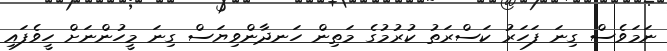
ނަމަވެސް ގިނަ ފަހަރު ކަސްރަތު ކުރުމުގެ މަތިން ހަނދާންވިޔަސް ގިނަ މީހުންނަށް ހީވެފައި